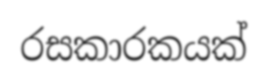
රසකාරකයක්